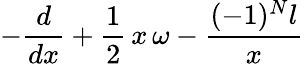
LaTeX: -\frac{d}{dx}+\frac{1}{2}\, x\, \omega-\frac{(-1)^{N}l}{x}